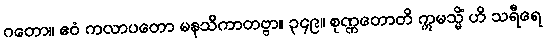
ဂတော။ ဧဝံ ကလာပတော မနသိကာတဗ္ဗာ။ ၃၄၉။ စုဏ္ဏတောတိ ဣမသ္မိံ ဟိ သရီရေ